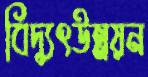
বিদ্যুৎউন্নয়ন